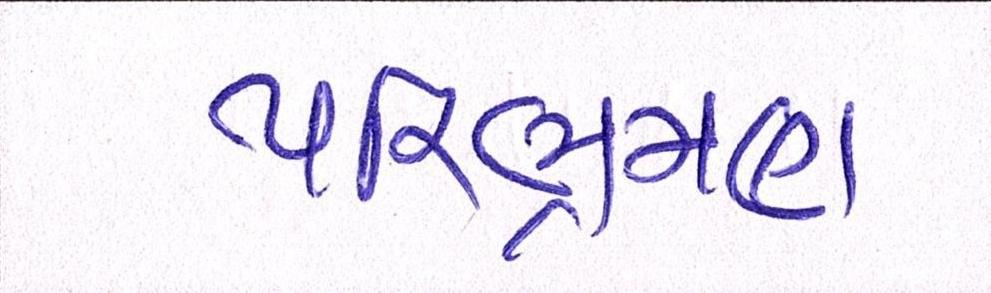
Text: પરિભ્રમણ